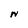
Character: N